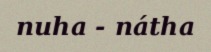
nuha - nátha